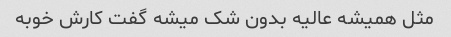
مثل همیشه عالیه بدون شک میشه گفت کارش خوبه